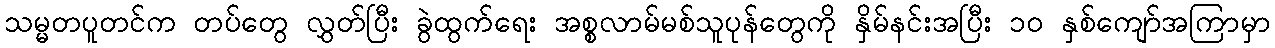
သမ္မတပူတင်က တပ်တွေ လွှတ်ပြီး ခွဲထွက်ရေး အစ္စလာမ်မစ်သူပုန်တွေကို နှိမ်နင်းအပြီး ၁၀ နှစ်ကျော်အကြာမှာ